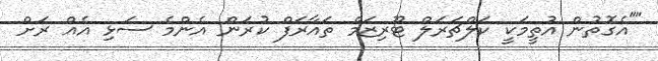
""އެގޮތުން އުތީމަކީ ކަލްޗަރަލް ޓޫރިޒަމް ތައާރަފް ކުރަން އެންމެ ސަޅި އެއް ރަށް